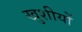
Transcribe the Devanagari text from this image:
खुशीयों